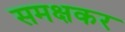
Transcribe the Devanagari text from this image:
समक्षकर